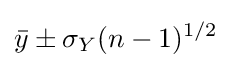
{\bar {y}}\pm \sigma _{Y}(n-1)^{1/2}